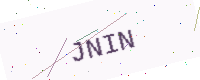
Text: JNIN